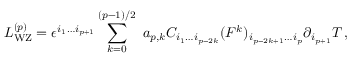
{ \cal L } _ { \mathrm { W Z } } ^ { ( p ) } = \epsilon ^ { i _ { 1 } \ldots i _ { p + 1 } } \sum _ { k = 0 } ^ { ( p - 1 ) / 2 } \, \, a _ { p , k } C _ { i _ { 1 } \ldots i _ { p - 2 k } } ( F ^ { k } ) _ { i _ { p - 2 k + 1 } \ldots i _ { p } } \partial _ { i _ { p + 1 } } T \, ,